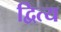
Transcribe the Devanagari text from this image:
द्वित्य